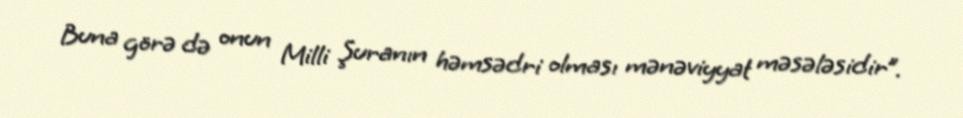
Buna görə də onun Milli Şuranın həmsədri olması mənəviyyat məsələsidir”.